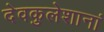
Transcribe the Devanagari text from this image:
देवकुलेशानां